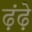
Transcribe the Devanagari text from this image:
ढ़ूंढ़े